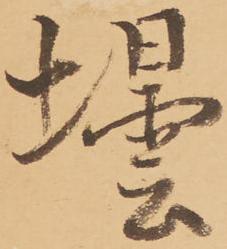
壜